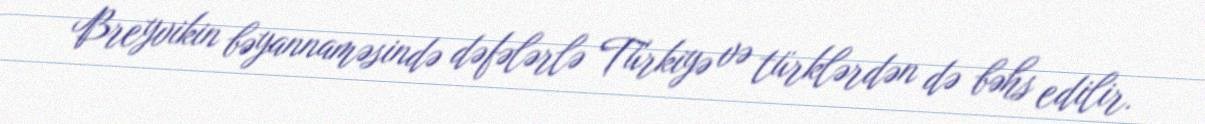
Breyvikin bəyannaməsində dəfələrlə Türkiyə və türklərdən də bəhs edilir.